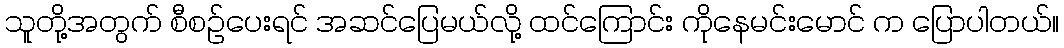
သူတို့အတွက် စီစဉ်ပေးရင် အဆင်ပြေမယ်လို့ ထင်ကြောင်း ကိုနေမင်းမောင် က ပြောပါတယ်။